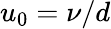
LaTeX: u_{0}=\nu/d